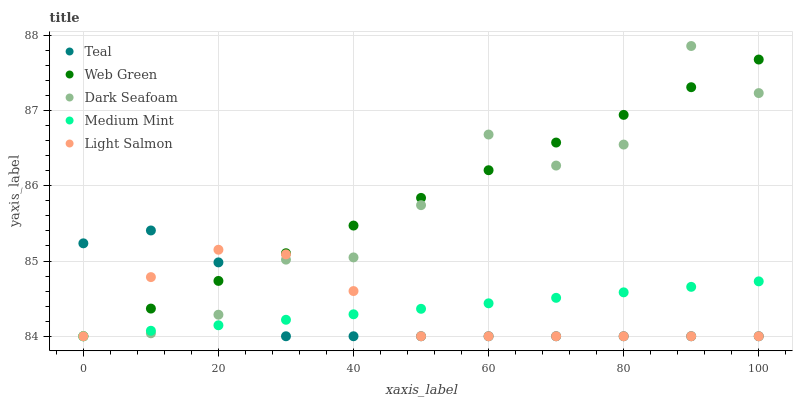
| xaxis_label | Teal | Web Green | Dark Seafoam | Medium Mint | Light Salmon |
 | --- | --- | --- | --- | --- | --- |
 | 0 | 85.2 | 84 | 84 | 84 | 84 |
 | 10 | 85.4 | 84.4 | 84 | 84.1 | 84.8 |
 | 20 | 85 | 84.7 | 84.3 | 84.1 | 85.2 |
 | 30 | 84 | 85.1 | 85 | 84.2 | 85.1 |
 | 40 | 84 | 85.5 | 85 | 84.3 | 84.6 |
 | 50 | 84 | 85.8 | 85.7 | 84.4 | 84 |
 | 60 | 84 | 86.2 | 86.7 | 84.4 | 84 |
 | 70 | 84 | 86.6 | 86.3 | 84.5 | 84 |
 | 80 | 84 | 86.9 | 86.5 | 84.6 | 84 |
 | 90 | 84 | 87.3 | 87.9 | 84.7 | 84 |
 | 100 | 84 | 87.7 | 87.2 | 84.7 | 84 |